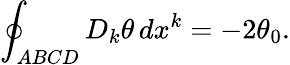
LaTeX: \oint_{ABCD}D_{k}\theta\, dx^{k}=-2\theta_{0}.